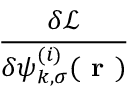
\frac { \delta \mathcal { L } } { \delta \psi _ { k , \sigma } ^ { ( i ) } ( \boldsymbol { \textbf { r } } ) }